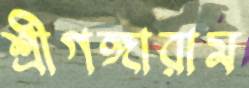
শ্রীগঙ্গারাম